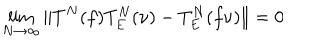
\lim _ { N \to \infty } \Vert T ^ { N } ( f ) T _ { E } ^ { N } ( \nu ) - T _ { E } ^ { N } ( f \nu ) \Vert = 0